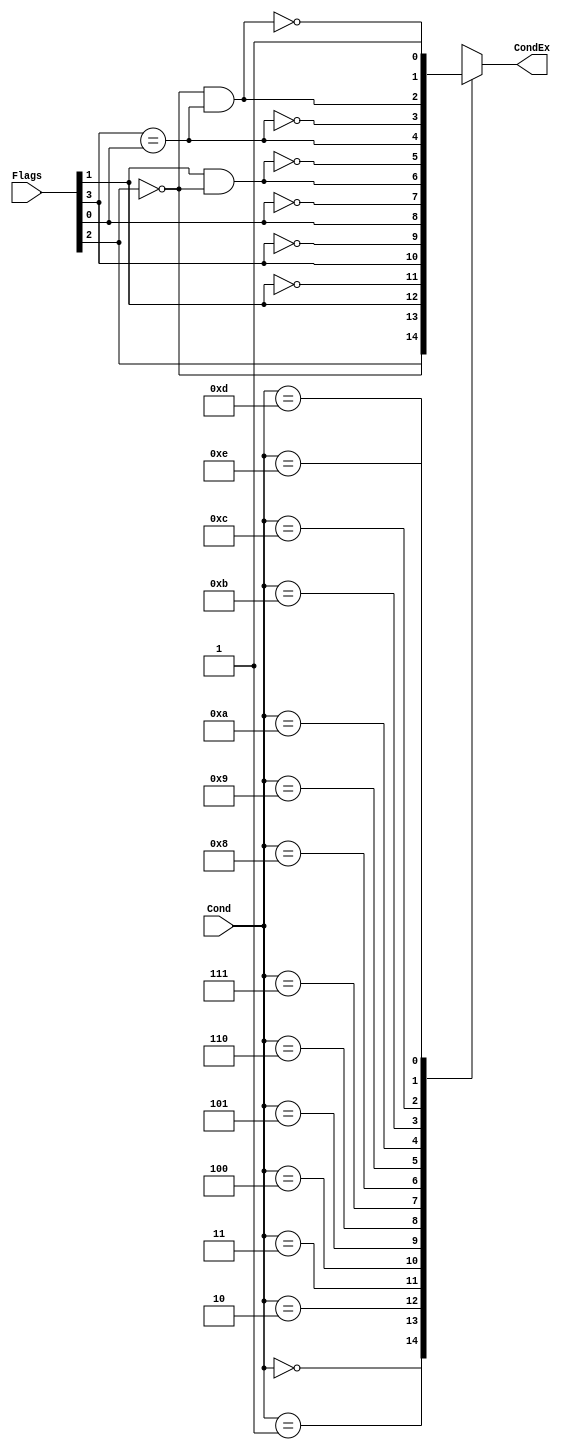
// ADD CODE BELOW
// Add code for the condlogic and condcheck modules. Remember, you may
// reuse code from prior labs.
module condcheck (
	Cond,
	Flags,
	CondEx
);
	input wire [3:0] Cond;
	input wire [3:0] Flags;
	output reg CondEx;

	// ADD CODE HERE
	wire neg;
	wire zero;
	wire carry;
	wire overflow;
	wire ge;
	assign {neg, zero, carry, overflow} = Flags;
	assign ge = neg == overflow;
	always @(*)
		case (Cond)
			4'b0000: CondEx = zero;
			4'b0001: CondEx = ~zero;
			4'b0010: CondEx = carry;
			4'b0011: CondEx = ~carry;
			4'b0100: CondEx = neg;
			4'b0101: CondEx = ~neg;
			4'b0110: CondEx = overflow;
			4'b0111: CondEx = ~overflow;
			4'b1000: CondEx = carry & ~zero;
			4'b1001: CondEx = ~(carry & ~zero);
			4'b1010: CondEx = ge;
			4'b1011: CondEx = ~ge;
			4'b1100: CondEx = ~zero & ge;
			4'b1101: CondEx = ~(~zero & ge);
			4'b1110: CondEx = 1'b1;
			default: CondEx = 1'bx;
		endcase
endmodule